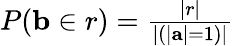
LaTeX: \begin{array}{r}{P(\mathbf{b}\in r)=\frac{|r|}{|(|\mathbf{a}|=1)|}}\end{array}